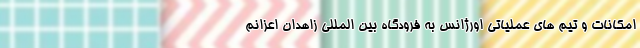
امکانات و تیم های عملیاتی اورژانس به فرودگاه بین المللی زاهدان اعزانم